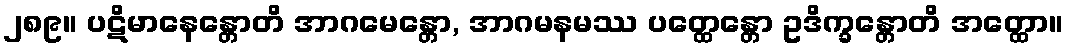
၂၈၉။ ပဋိမာနေန္တောတိ အာဂမေန္တော, အာဂမနမဿ ပတ္ထေန္တော ဥဒိက္ခန္တောတိ အတ္ထော။